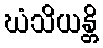
ဃံသိယန္တိ